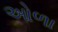
ઓળા